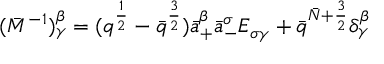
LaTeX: ( \bar { M } ^ { - 1 } ) _ { \gamma } ^ { \beta } = ( q ^ { { \frac { 1 } { 2 } } } - \bar { q } ^ { { \frac { 3 } { 2 } } } ) \bar { a } _ { + } ^ { \beta } \bar { a } _ { - } ^ { \sigma } { \cal E } _ { \sigma \gamma } + \bar { q } ^ { \bar { N } + { \frac { 3 } { 2 } } } \delta _ { \gamma } ^ { \beta }